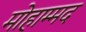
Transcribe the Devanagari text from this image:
मोहाम्मद